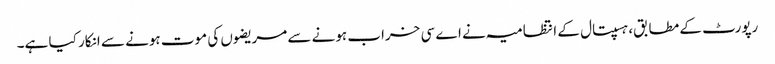
رپورٹ کے مطابق، ہسپتال کے انتظامیہ نے اے سی خراب ہونے سے مریضوں کی موت ہونے سے انکار کیا ہے۔